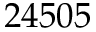
2 4 5 0 5